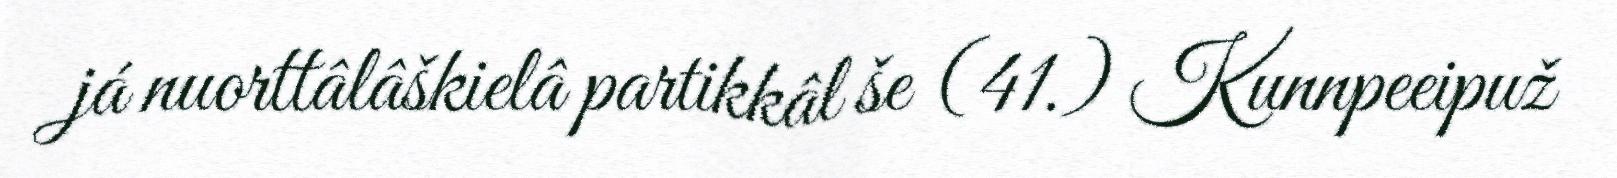
já nuorttâlâškielâ partikkâl še (41.) Kunnpeeipuž